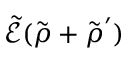
\tilde { \mathcal { E } } ( \tilde { \boldsymbol { \rho } } + \tilde { \boldsymbol { \rho } } ^ { \prime } )